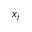
x _ { i }